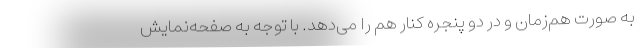
به صورت هم‌زمان و در دو پنجره کنار هم را می‌دهد. با توجه به صفحه‌نمایش